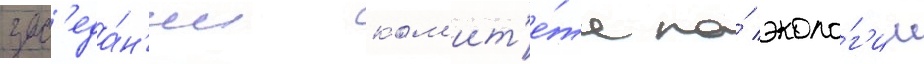
зас'еда́н'ии ком'ит'е́та по́ эколо́г'ии